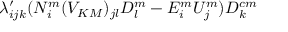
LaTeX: \lambda _ { i j k } ^ { \prime } ( N _ { i } ^ { m } ( V _ { K M } ) _ { j l } D _ { l } ^ { m } - E _ { i } ^ { m } U _ { j } ^ { m } ) D _ { k } ^ { c m }